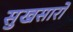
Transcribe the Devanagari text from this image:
सुखसारो